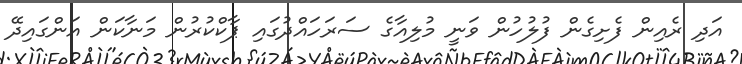
އަދި ރެއިން ފެށިގެން ފުލުހުން ވަނީ މުލިއާގެ ސަރަހައްދުގައި ޕާކްކުރުން މަނާކަން އަންގައިދޭ